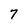
Character: 7